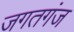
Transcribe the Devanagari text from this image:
जगतगंज